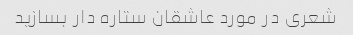
شعری در مورد عاشقان ستاره دار بسازید